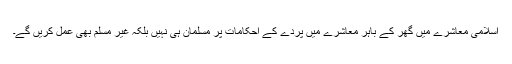
اسلامی معاشرے میں گھر کے باہر معاشرے میں پردے کے احکامات پر مسلمان ہی نہیں بلکہ غیر مسلم بھی عمل کریں گے۔